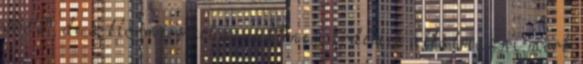
BIO, de a klórmésszel együtt nem érdemes alkalmazni mert